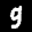
Label: 9